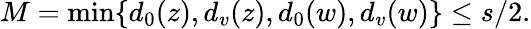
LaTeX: M=\operatorname*{min}\{ d_{0}(z),d_{v}(z),d_{0}(w),d_{v}(w)\} \leq s/2.